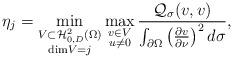
LaTeX: \begin{align*}\eta_j=\min_{\substack{V\subset \mathcal{H}^2_{0,D}(\Omega)\\{\rm dim}V=j}}\max_{\substack{v\in V\\u\ne 0}}\frac{\mathcal Q_{\sigma}(v,v)}{\int_{\partial\Omega}\left(\frac{\partial v}{\partial\nu}\right)^2d\sigma},\end{align*}